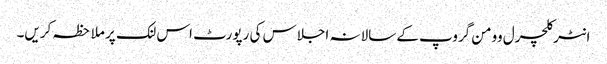
انٹرکلچرل وومن گروپ کے سالانہ اجلاس کی رپورٹ اس لنک پر ملاحظہ کریں۔